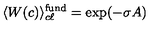
\langle W ( c ) \rangle _ { c \ell } ^ { \mathrm { f u n d } } = \exp ( - \sigma A )